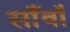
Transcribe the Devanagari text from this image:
साँवाँ